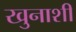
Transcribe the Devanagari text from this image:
खुनाशी